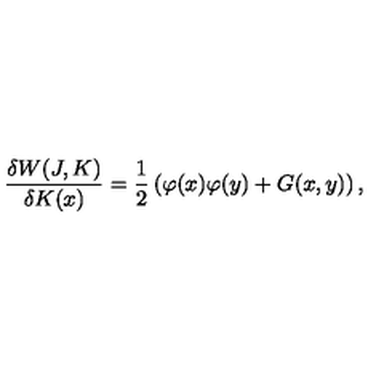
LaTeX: \frac { \delta W ( J , K ) } { \delta K ( x ) } = \frac { 1 } { 2 } \left( \varphi ( x ) \varphi ( y ) + G ( x , y ) \right) ,